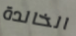
الخالدة